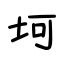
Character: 坷